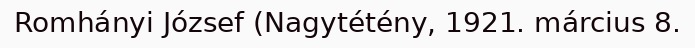
Romhányi József (Nagytétény, 1921. március 8.